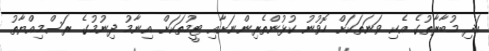
އަދި މުބާރާތުގެ އެކި ވަނަތަކަށް ހޮވުނު ކުޅުންތެރިންނަށާއި ޓީމުތަކަށް އިނާމު ދިނުމުގެ ރަސްމިއްޔާތު